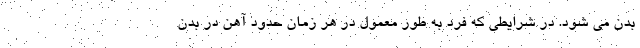
بدن می شود. در شرایطی که فرد به طور معمول در هر زمان حدود آهن در بدن